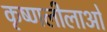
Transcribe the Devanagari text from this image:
कृष्णलीलाओं